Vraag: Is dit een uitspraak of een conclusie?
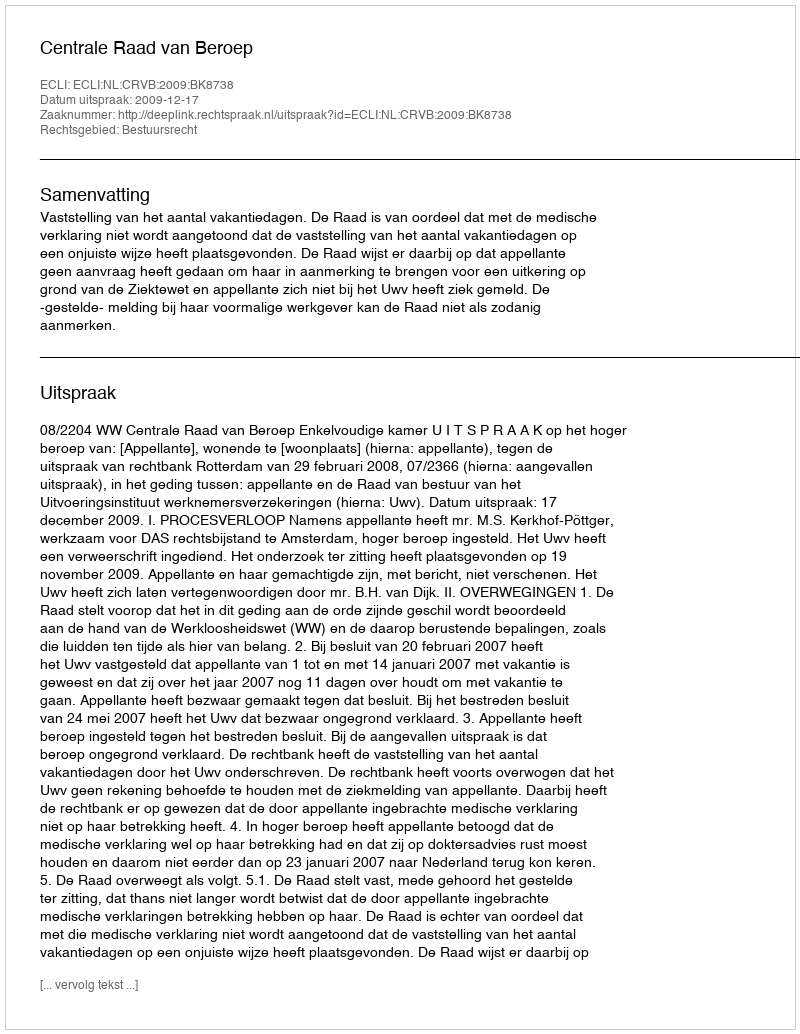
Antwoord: Uitspraak